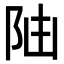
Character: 𨸸